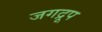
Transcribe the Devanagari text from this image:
जगद्रूप